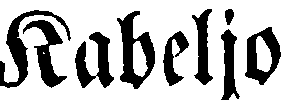
Kabeljo